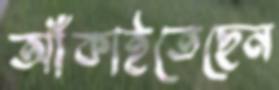
আঁকাইতেছেন